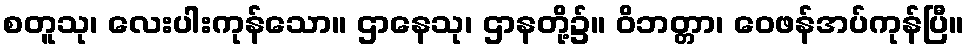
စတူသု၊ လေးပါးကုန်သော။ ဌာနေသု၊ ဌာနတို့၌။ ဝိဘတ္တာ၊ ဝေဖန်အပ်ကုန်ပြီ။